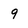
Character: 9